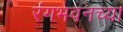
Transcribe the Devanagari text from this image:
रंगभवनच्या